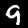
Digit: 9